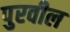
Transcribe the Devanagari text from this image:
पुरवील